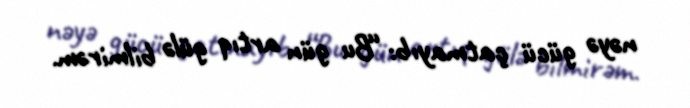
nəyə gücü çatmayıb: “Bu gün artıq gülə bilmirəm.